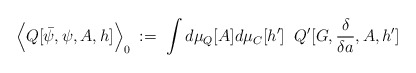
\begin{align*}\Big\langle Q[\bar{\psi},\psi,A,h] \Big\rangle_0 \; := \;\int d\mu_Q[A] d\mu_C[h^\prime] \; \;Q^\prime [G,\frac{\delta}{\delta a},A,h^\prime ]\end{align*}